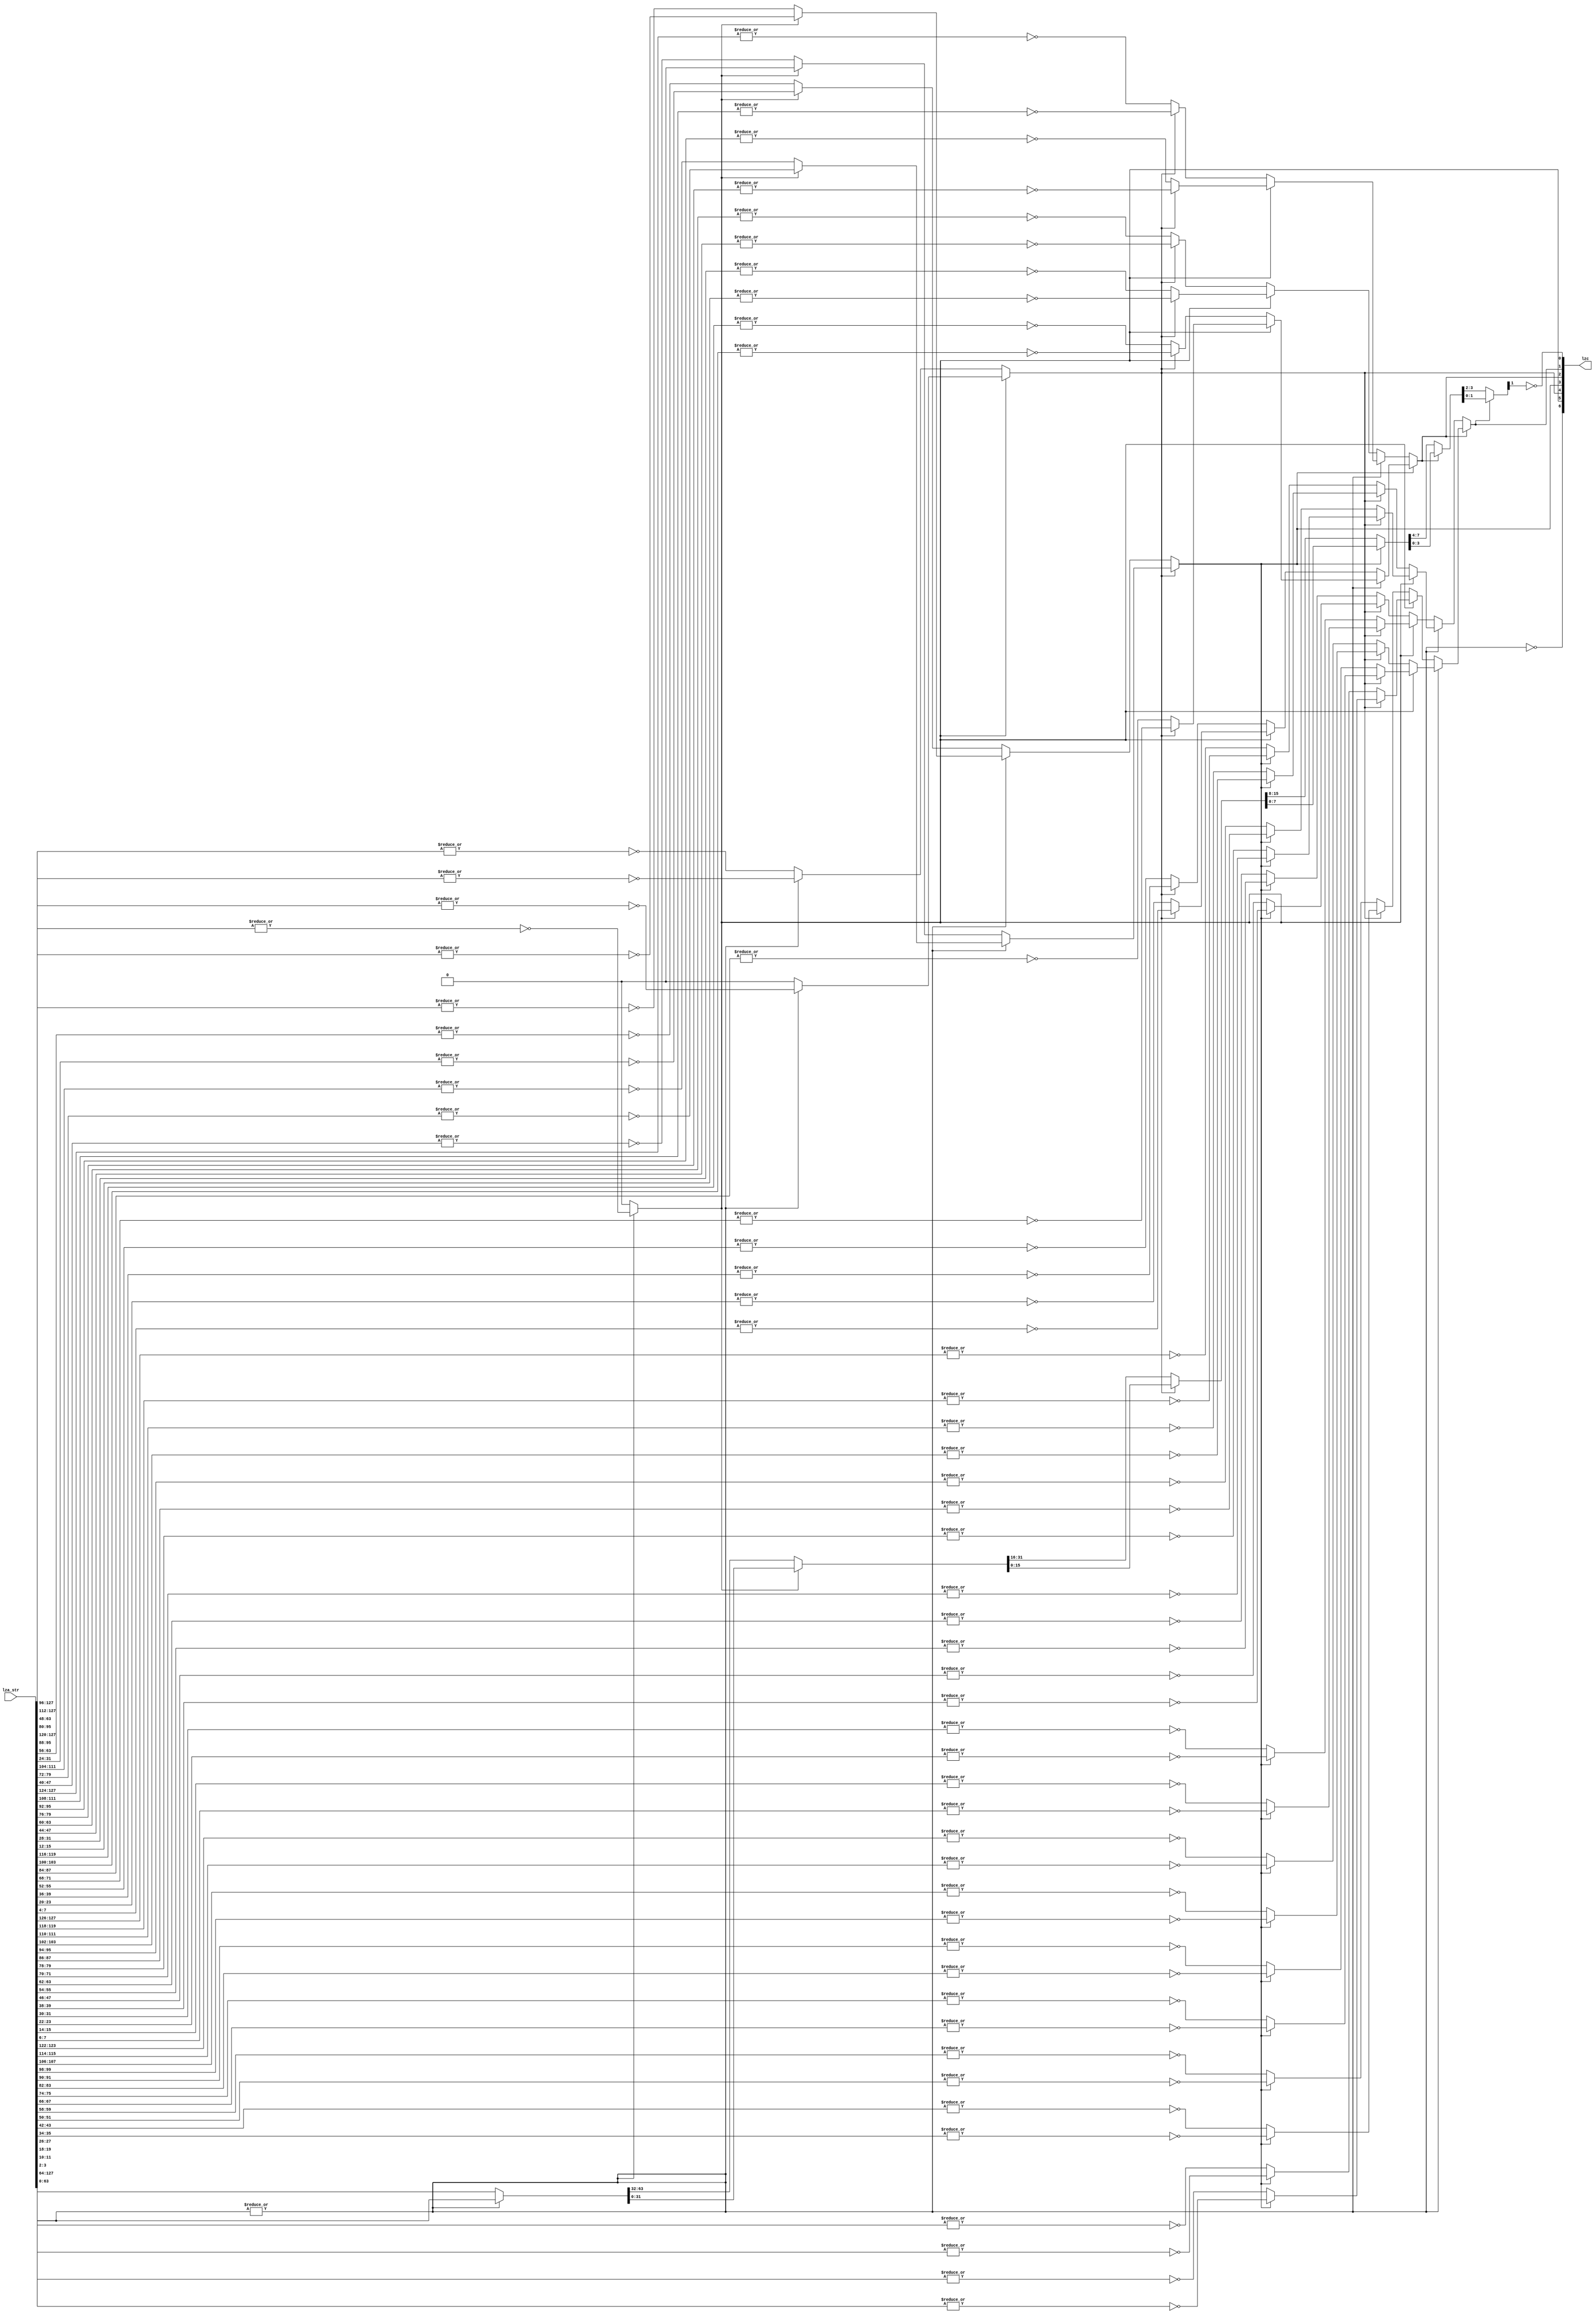
module kv_lzc_encode(
	lza_str, 
	lzc
);

parameter  WIDTH        = 128;
localparam ENCODE_WIDTH = $clog2(WIDTH);

input          [WIDTH-1:0] lza_str;
output  [ENCODE_WIDTH-1:0] lzc;

// better timing 
// lzc[MSB:1]: use pre OR-ed result, last level mux should be a 2to1-mux
//             selected by previous lzc bit
// lzc[0]    : use muxed LZA string

generate
if (WIDTH == 32) begin: gen_lzc_encode32
	wire     [1:0] lzc_or_l1;
	wire     [1:0] lzc_or_l2;
	wire     [1:0] lzc_or_l3;
	wire    [31:0] lza_str_l0;
	wire    [15:0] lza_str_l1;
	wire    [ 7:0] lza_str_l2;
	wire    [ 3:0] lza_str_l3;
	wire    [ 1:0] lza_str_l4;

	assign	lzc_or_l1[0] = ~|lza_str[31    -:8];
	assign	lzc_or_l1[1] = ~|lza_str[31-16 -:8];
		
	assign	lzc_or_l2[0] = ~lzc[4] ? ~|lza_str[31    -:4] : ~|lza_str[31-16 -:4] ;
	assign	lzc_or_l2[1] = ~lzc[4] ? ~|lza_str[31- 8 -:4] : ~|lza_str[31-24 -:4] ;
	assign	lzc_or_l3[0] = ~lzc[4] ? (~lzc[3] ? ~|lza_str[31    -:2] : ~|lza_str[31- 8 -:2]) :
					 (~lzc[3] ? ~|lza_str[31-16 -:2] : ~|lza_str[31-24 -:2]) ; 
	assign	lzc_or_l3[1] = ~lzc[4] ? (~lzc[3] ? ~|lza_str[31- 4 -:2] : ~|lza_str[31-12 -:2]) :
					 (~lzc[3] ? ~|lza_str[31-20 -:2] : ~|lza_str[31-28 -:2]) ;

		
	// MSB:1
	assign	lzc[4] = ~|lza_str[31 -:16];
	assign	lzc[3] = ~lzc[4] ? lzc_or_l1[0] : lzc_or_l1[1] ;
	assign	lzc[2] = ~lzc[3] ? lzc_or_l2[0] : lzc_or_l2[1] ;
	assign	lzc[1] = ~lzc[2] ? lzc_or_l3[0] : lzc_or_l3[1] ;

	// LSB
	assign  lza_str_l0 = lza_str;
	assign	lza_str_l1 = ~lzc[4] ? lza_str_l0[31 -: 16] : lza_str_l0[15 -: 16];
	assign	lza_str_l2 = ~lzc[3] ? lza_str_l1[15 -:  8] : lza_str_l1[ 7 -:  8];
	assign	lza_str_l3 = ~lzc[2] ? lza_str_l2[ 7 -:  4] : lza_str_l2[ 3 -:  4];
	assign	lza_str_l4 = ~lzc[1] ? lza_str_l3[ 3 -:  2] : lza_str_l3[ 1 -:  2];

	assign	lzc[0] = ~lza_str_l4[1];
end
endgenerate

generate
if (WIDTH ==  8) begin: gen_lzc_encode8
	wire     [1:0] lzc_or_l1;
	wire    [ 7:0] lza_str_l0;
	wire    [ 3:0] lza_str_l1;
	wire    [ 1:0] lza_str_l2;

	assign	lzc_or_l1[0] = ~|lza_str[(7  )-:2];
	assign	lzc_or_l1[1] = ~|lza_str[(7-4)-:2];
		
	assign	lzc[2] = ~|lza_str[7 -:4];
	assign	lzc[1] = ~lzc[2] ? lzc_or_l1[0] : lzc_or_l1[1];
	assign	lzc[0] = ~lza_str_l2[1];
	
	assign  lza_str_l0 = lza_str;
	assign	lza_str_l1 = ~lzc[2] ? lza_str_l0[7-:4] : lza_str_l0[3-:4];
	assign	lza_str_l2 = ~lzc[1] ? lza_str_l1[3-:2] : lza_str_l1[1-:2];
end
endgenerate

generate
if (WIDTH == 64) begin: gen_lzc_encode64
	wire     [1:0] lzc_or_l1;
	wire     [1:0] lzc_or_l2;
	wire     [1:0] lzc_or_l3;
	wire     [1:0] lzc_or_l4;
	wire    [31:0] lza_str_l1;
	wire    [15:0] lza_str_l2;
	wire    [ 7:0] lza_str_l3;
	wire    [ 3:0] lza_str_l4;
	wire    [ 1:0] lza_str_l5;

	assign	lzc_or_l1[0] = ~|lza_str[63    -:16];
	assign	lzc_or_l1[1] = ~|lza_str[63-32 -:16];
		
	assign	lzc_or_l2[0] = ~lzc[5] ? ~|lza_str[63    -:8] : ~|lza_str[63-32 -:8] ;
	assign	lzc_or_l2[1] = ~lzc[5] ? ~|lza_str[63-16 -:8] : ~|lza_str[63-48 -:8] ;
	assign	lzc_or_l3[0] = ~lzc[5] ? (~lzc[4] ? ~|lza_str[63    -:4] : ~|lza_str[63-16 -:4]) :
					 (~lzc[4] ? ~|lza_str[63-32 -:4] : ~|lza_str[63-48 -:4]) ; 
	assign	lzc_or_l3[1] = ~lzc[5] ? (~lzc[4] ? ~|lza_str[63- 8 -:4] : ~|lza_str[63-24 -:4]) :
					 (~lzc[4] ? ~|lza_str[63-40 -:4] : ~|lza_str[63-56 -:4]) ;

	assign	lzc_or_l4[0] = ~lzc[5] ? (~lzc[4] ? (~lzc[3] ? ~|lza_str[63     -:2] : ~|lza_str[63-  8 -:2]) :	
						    (~lzc[3] ? ~|lza_str[63- 16 -:2] : ~|lza_str[63- 24 -:2]) ) :	
					 (~lzc[4] ? (~lzc[3] ? ~|lza_str[63- 32 -:2] : ~|lza_str[63- 40 -:2]) :	
						    (~lzc[3] ? ~|lza_str[63- 48 -:2] : ~|lza_str[63- 56 -:2]) ) ;
	assign	lzc_or_l4[1] = ~lzc[5] ? (~lzc[4] ? (~lzc[3] ? ~|lza_str[63-  4 -:2] : ~|lza_str[63- 12 -:2]) :	
						    (~lzc[3] ? ~|lza_str[63- 20 -:2] : ~|lza_str[63- 28 -:2]) ) :	
					 (~lzc[4] ? (~lzc[3] ? ~|lza_str[63- 36 -:2] : ~|lza_str[63- 44 -:2]) :	
						    (~lzc[3] ? ~|lza_str[63- 52 -:2] : ~|lza_str[63- 60 -:2]) ) ;
		
	assign	lzc[5] = ~|lza_str[63 -:32];
	assign	lzc[4] = ~lzc[5] ? lzc_or_l1[0] : lzc_or_l1[1] ;
	assign	lzc[3] = ~lzc[4] ? lzc_or_l2[0] : lzc_or_l2[1] ;
	assign	lzc[2] = ~lzc[3] ? lzc_or_l3[0] : lzc_or_l3[1] ;
	assign	lzc[1] = ~lzc[2] ? lzc_or_l4[0] : lzc_or_l4[1] ;

	assign	lza_str_l1 = ~lzc[5] ? lza_str[63 -: 32] : lza_str[31 -: 32];
	assign	lza_str_l2 = ~lzc[4] ? lza_str_l1[31 -: 16] : lza_str_l1[15 -: 16];
	assign	lza_str_l3 = ~lzc[3] ? lza_str_l2[15 -:  8] : lza_str_l2[ 7 -:  8];
	assign	lza_str_l4 = ~lzc[2] ? lza_str_l3[ 7 -:  4] : lza_str_l3[ 3 -:  4];
	assign	lza_str_l5 = ~lzc[1] ? lza_str_l4[ 3 -:  2] : lza_str_l4[ 1 -:  2];

	assign	lzc[0] = ~lza_str_l5[1];
end
endgenerate

generate
if (WIDTH == 128) begin: gen_lzc_encode128
	wire                 [1:0] lzc_or_l1;
	wire                 [1:0] lzc_or_l2;
	wire                 [1:0] lzc_or_l3;
	wire                 [1:0] lzc_or_l4;
	wire                 [1:0] lzc_or_l5;
	wire                [63:0] lza_str_l1;
	wire                [31:0] lza_str_l2;
	wire                [15:0] lza_str_l3;
	wire                [ 7:0] lza_str_l4;
	wire                [ 3:0] lza_str_l5;
	wire                [ 1:0] lza_str_l6;

	assign  lzc_or_l1[0] = ~|lza_str[127    -:32];
	assign  lzc_or_l1[1] = 1'b0;
		
	assign  lzc_or_l2[0] = ~lzc[6] ? ~|lza_str[127    -:16] : ~|lza_str[127-64 -:16] ;
	assign  lzc_or_l2[1] = ~lzc[6] ? ~|lza_str[127-32 -:16] : 1'b0                          ;
		
	assign	lzc_or_l3[0] = ~lzc[6] ? (~lzc[5] ? ~|lza_str[127    -:8] : ~|lza_str[127-32 -:8]) :
					 (~lzc[5] ? ~|lza_str[127-64 -:8] : ~|lza_str[127-96 -:8]) ;
	assign	lzc_or_l3[1] = ~lzc[6] ? (~lzc[5] ? ~|lza_str[127-16 -:8] : ~|lza_str[127-48 -:8]) :
					 (~lzc[5] ? ~|lza_str[127-80 -:8] : 1'b0                     ) ;
	assign	lzc_or_l4[0] = ~lzc[6] ? (~lzc[5] ? (~lzc[4] ? ~|lza_str[127    -:4] : ~|lza_str[127-16 -:4]) :
						    (~lzc[4] ? ~|lza_str[127-32 -:4] : ~|lza_str[127-48 -:4]) ) :
					 (~lzc[5] ? (~lzc[4] ? ~|lza_str[127-64 -:4] : ~|lza_str[127-80 -:4]) :
						    (~lzc[4] ? ~|lza_str[127-96 -:4] : ~|lza_str[127-112-:4]) ) ;
	assign	lzc_or_l4[1] = ~lzc[6] ? (~lzc[5] ? (~lzc[4] ? ~|lza_str[127- 8 -:4] : ~|lza_str[127-24 -:4]) :
						    (~lzc[4] ? ~|lza_str[127-40 -:4] : ~|lza_str[127-56 -:4]) ) :
					 (~lzc[5] ? (~lzc[4] ? ~|lza_str[127-72 -:4] : ~|lza_str[127-88 -:4]) :
						    (~lzc[4] ? ~|lza_str[127-104-:4] : ~|lza_str[127-120-:4]) ) ;

	assign	lzc_or_l5[0] = ~lzc[6] ? (~lzc[5] ? (~lzc[4] ? (~lzc[3] ? ~|lza_str[127     -:2] : ~|lza_str[127-  8 -:2]) :	
							       (~lzc[3] ? ~|lza_str[127- 16 -:2] : ~|lza_str[127- 24 -:2]) ) :	
						    (~lzc[4] ? (~lzc[3] ? ~|lza_str[127- 32 -:2] : ~|lza_str[127- 40 -:2]) :	
							       (~lzc[3] ? ~|lza_str[127- 48 -:2] : ~|lza_str[127- 56 -:2]) ) ) :
					 (~lzc[5] ? (~lzc[4] ? (~lzc[3] ? ~|lza_str[127- 64 -:2] : ~|lza_str[127- 72 -:2]) :    
							       (~lzc[3] ? ~|lza_str[127- 80 -:2] : ~|lza_str[127- 88 -:2]) ) :  
						    (~lzc[4] ? (~lzc[3] ? ~|lza_str[127- 96 -:2] : ~|lza_str[127-104 -:2]) :    
							       (~lzc[3] ? ~|lza_str[127-112 -:2] : ~|lza_str[127-120 -:2]) ) ) ;
	assign	lzc_or_l5[1] = ~lzc[6] ? (~lzc[5] ? (~lzc[4] ? (~lzc[3] ? ~|lza_str[127-  4 -:2] : ~|lza_str[127- 12 -:2]) :	
							       (~lzc[3] ? ~|lza_str[127- 20 -:2] : ~|lza_str[127- 28 -:2]) ) :	
						    (~lzc[4] ? (~lzc[3] ? ~|lza_str[127- 36 -:2] : ~|lza_str[127- 44 -:2]) :	
							       (~lzc[3] ? ~|lza_str[127- 52 -:2] : ~|lza_str[127- 60 -:2]) ) ) :
					 (~lzc[5] ? (~lzc[4] ? (~lzc[3] ? ~|lza_str[127- 68 -:2] : ~|lza_str[127- 76 -:2]) :    
							       (~lzc[3] ? ~|lza_str[127- 84 -:2] : ~|lza_str[127- 92 -:2]) ) :  
						    (~lzc[4] ? (~lzc[3] ? ~|lza_str[127-100 -:2] : ~|lza_str[127-108 -:2]) :    
							       (~lzc[3] ? ~|lza_str[127-116 -:2] : ~|lza_str[127-124 -:2]) ) ) ;
		
		
	assign	lzc[6] = ~|lza_str[127 -:64];
	assign	lzc[5] = ~lzc[6] ? lzc_or_l1[0] : lzc_or_l1[1] ;
	assign	lzc[4] = ~lzc[5] ? lzc_or_l2[0] : lzc_or_l2[1] ;
	assign	lzc[3] = ~lzc[4] ? lzc_or_l3[0] : lzc_or_l3[1] ;
	assign	lzc[2] = ~lzc[3] ? lzc_or_l4[0] : lzc_or_l4[1] ;
	assign	lzc[1] = ~lzc[2] ? lzc_or_l5[0] : lzc_or_l5[1] ;
			    
	assign	lza_str_l1 = ~lzc[6] ? lza_str[127-: 64] : lza_str[63 -: 64];
	assign	lza_str_l2 = ~lzc[5] ? lza_str_l1[63 -: 32] : lza_str_l1[31 -: 32];
	assign	lza_str_l3 = ~lzc[4] ? lza_str_l2[31 -: 16] : lza_str_l2[15 -: 16];
	assign	lza_str_l4 = ~lzc[3] ? lza_str_l3[15 -:  8] : lza_str_l3[ 7 -:  8];
	assign	lza_str_l5 = ~lzc[2] ? lza_str_l4[ 7 -:  4] : lza_str_l4[ 3 -:  4];
	assign	lza_str_l6 = ~lzc[1] ? lza_str_l5[ 3 -:  2] : lza_str_l5[ 1 -:  2];
		
	assign	lzc[0] = ~lza_str_l6[1];

end
endgenerate

endmodule